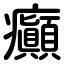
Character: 癲